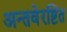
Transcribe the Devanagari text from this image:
अन्तवेरष्टित